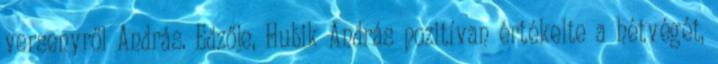
versenyről András. Edzője, Hubik András pozitívan értékelte a hétvégét,